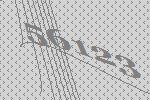
56123